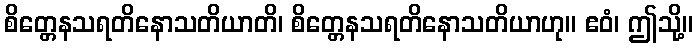
စိတ္တေနသရတိနောသတိယာတိ၊ စိတ္တေနသရတိနောသတိယာဟု။ ဧဝံ၊ ဤသို့။